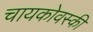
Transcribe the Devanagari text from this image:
चायकोवस्की